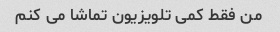
من فقط کمی تلویزیون تماشا می کنم